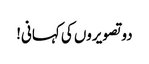
دو تصویروں کی کہانی!